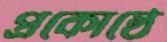
প্রকোষ্ঠে